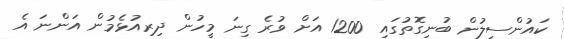
ކައުންސިލުން ބުނިގޮތުގައި 1200 އަށް ވުރެ ގިނަ މީހުން ދިރިއުޅެމުން އަންނަ އެ